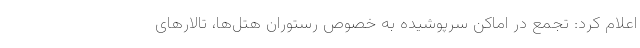
اعلام کرد: تجمع در اماکن سرپوشیده به خصوص رستوران هتل‌ها، تالارهای